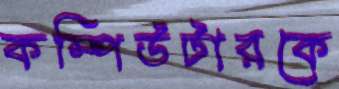
কম্পিউটারকে